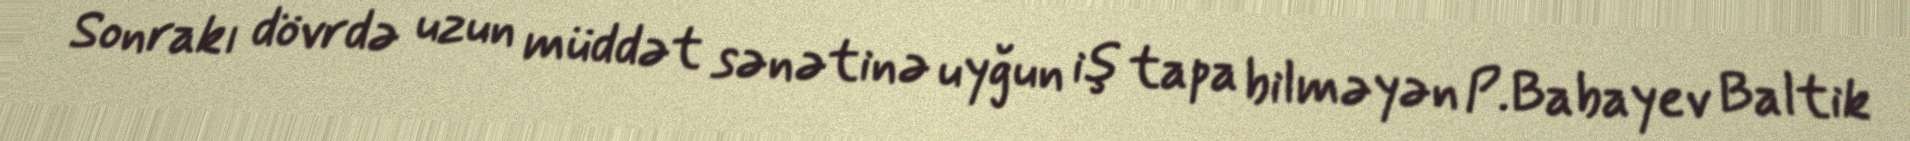
Sonrakı dövrdə uzun müddət sənətinə uyğun iş tapa bilməyən P.Babayev Baltik